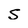
Character: S